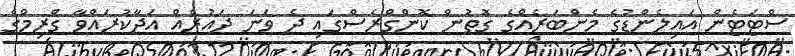
ސްޓަޓެން އައިލެންޑުގެ މެންބަރެއްގެ ގޮތުން ކޮންގްރެސްގައި ދެ ވަނަ ދައުރެއް އަދާކުރައްވާ ގްރިމްގެ